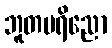
ဘူတပရိညော